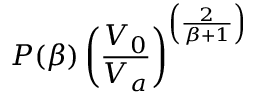
P ( \beta ) \left( \frac { V _ { 0 } } { V _ { a } } \right) ^ { \left( \frac { 2 } { \beta + 1 } \right) }